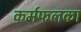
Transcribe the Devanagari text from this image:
कर्मफलका